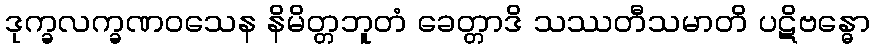
ဒုက္ခလက္ခဏဝသေန နိမိတ္တဘူတံ ခေတ္တာဒိ သဿတီသမာတိ ပဋိဗန္ဓော